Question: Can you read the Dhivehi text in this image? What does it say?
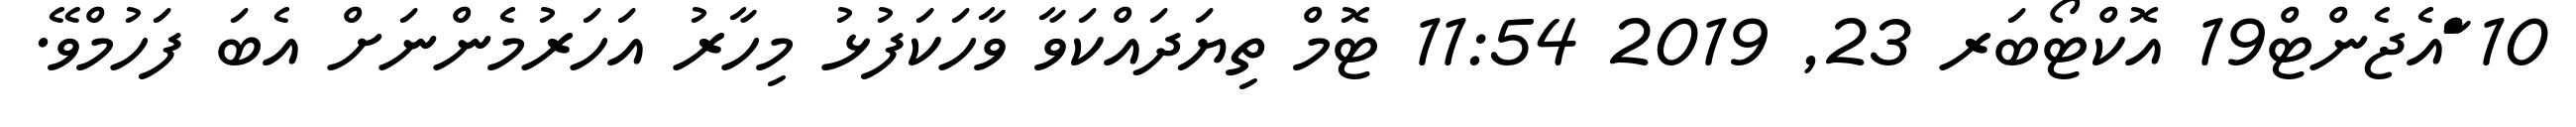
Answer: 10 ާަަަްްައެޖެންޓް19 އޮކްޓޯބަރ 23, 2019 11:54 ޓޮމް ތިޔަދައްކަވާ ވާހަކަފުޅު މިހާރު އަހަރުމެންނަށް އެބަ ފަހުމްވޭ.